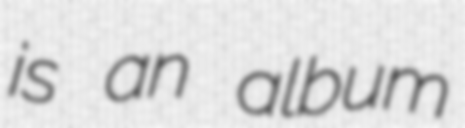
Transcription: is an album